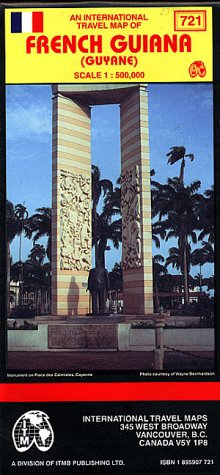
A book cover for French Guiana (Guyane); International Travel maps; Travel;